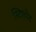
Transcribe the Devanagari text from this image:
स्टिफोट